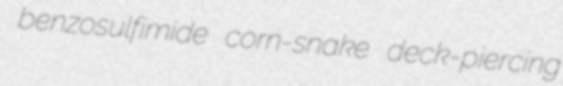
benzosulfimide corn-snake deck-piercing